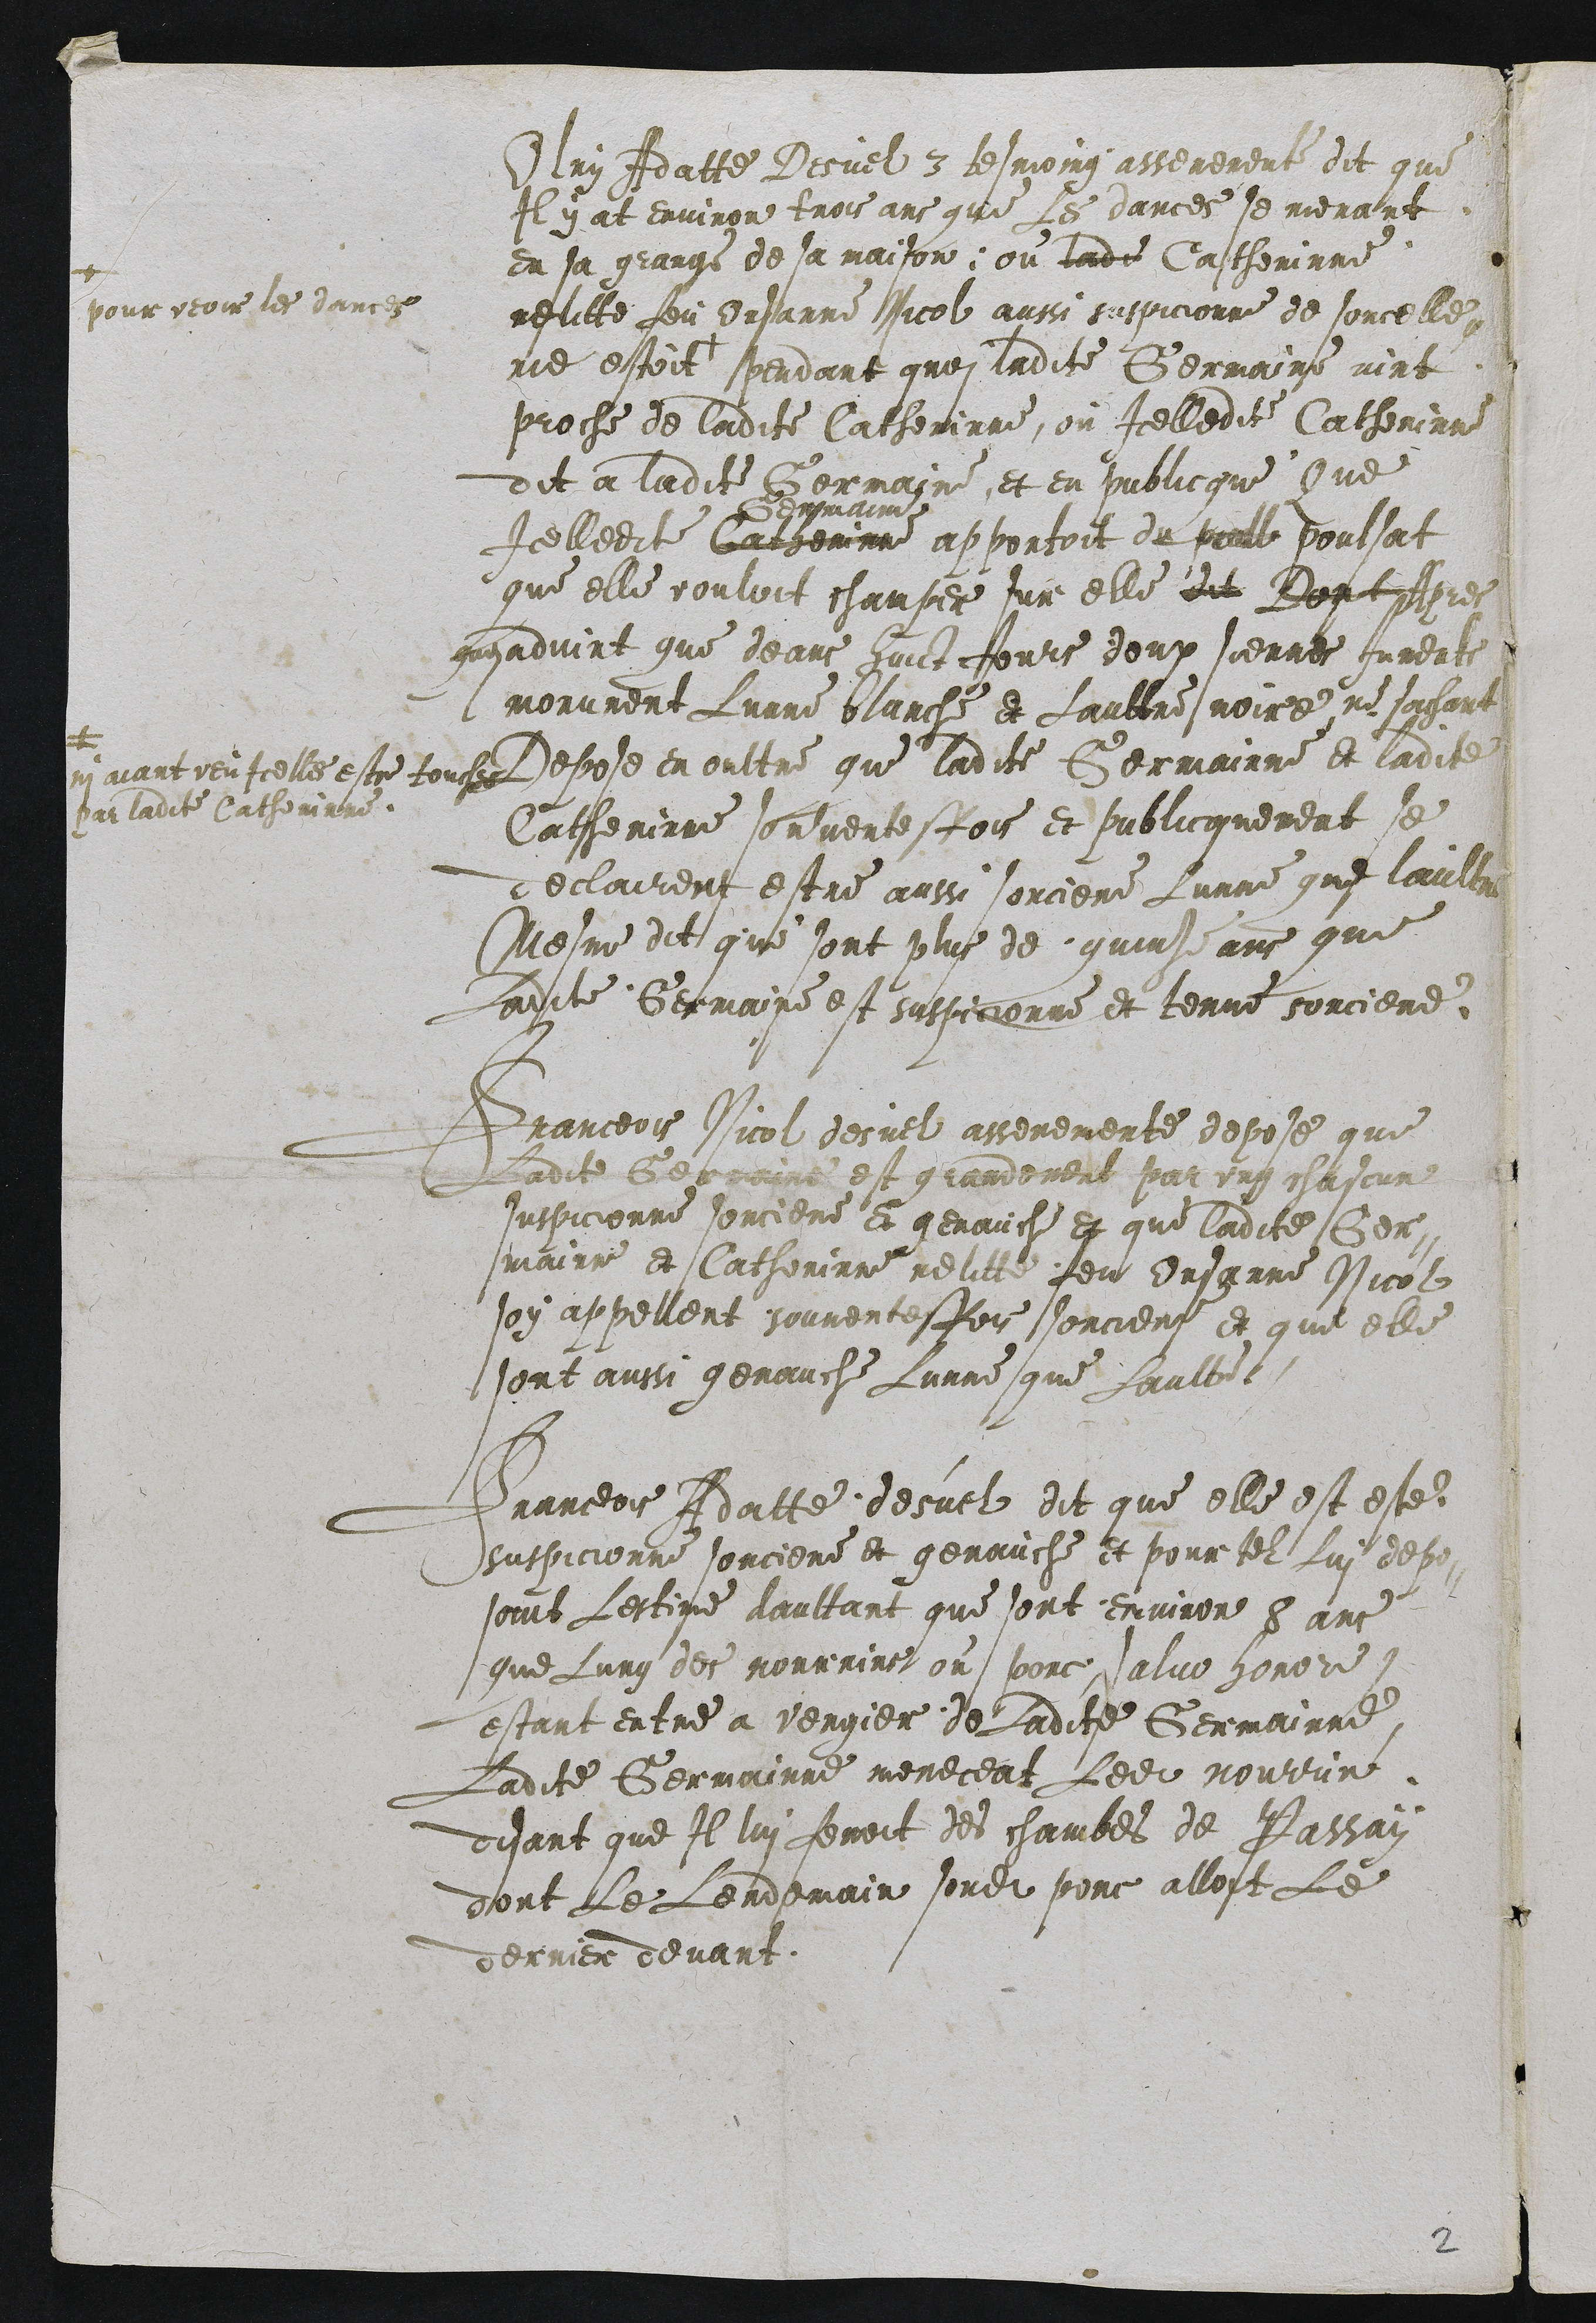
Olry Adatte Desuel 3 tesmoing asseremente dit que
Il y at environ trois ans que Les dances se menant
en sa grange de sa maison, ou ladte Catherinne
relitte feu Onsanne Nicol aussi suspicionne de sorcelle
me estoit
+
pour veoir les dances
pendant groi ladite Germaine vint
proche de ladite Catherinne, ou Icelledite Catherinne
dit a ladite Bermaine et en publicgue Que
Icelledite Cargerinne
Semmaine
apportoit du paall poulsat
que elle vouloit champer sur elle dit Dont Apres
gnsadvint que deans huict Jours deux siennes Jumente
morurent Lunne blanche et Laultre noire ne sachant
ni aiant veu Icelle estre touches
par ladite Catherinne.
Depose en oultre que ladite Germainne et ladite
Catherinne sonventesfois et publicgnement se
declairent estre aussi sorciere Lunne que laultre
Mesme dit que sont plus de quinze ans que
Ladite Germaine est suspicionne et tenue sorciere.

Franceois Nicol desuel asseremente depose que
Ladite Gemaine est grandement par ung chascun
suspicionne sorciere et genauche et que ladite Ger-
mainne et Catherinne relitte feu ensanne Nicol
soy appellent souventesfois sorcierz et que elle
sont aussi genauche Lunne que Laulte

Franceois Adatte desuel dit que elle est este
suspicionne sorciere et genauche et pour tel Lui depo
soint Lestime daultant que sont environ 5 ans
que Lung des nourrins on porc, alue horor.
estant entre a vergier de Ladite Germainne
Ladite Germainne meneceat Ledit nourrine
disant que Il lui fenoit des chambes de Passan
dont Le Lendemain sondit porc alloit Le
derrier devant

2